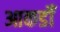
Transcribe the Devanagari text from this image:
आकडोँ